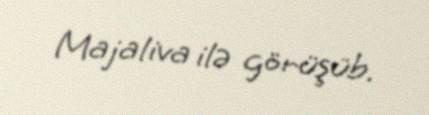
Majaliva ilə görüşüb.